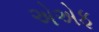
એએફ